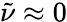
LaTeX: \tilde{\nu}\approx 0